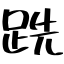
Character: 跣